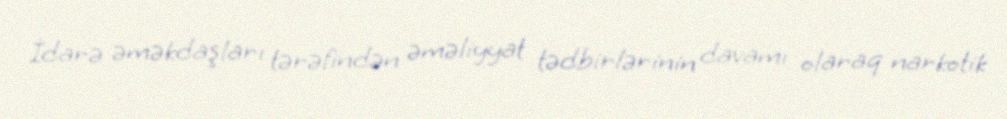
İdarə əməkdaşları tərəfindən əməliyyat tədbirlərinin davamı olaraq narkotik